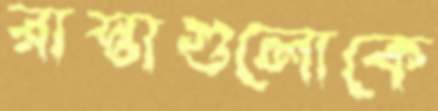
রাস্তাগুলোকে